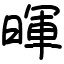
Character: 暉